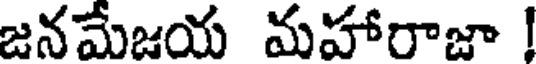
జనమేజయ మహారాజా !